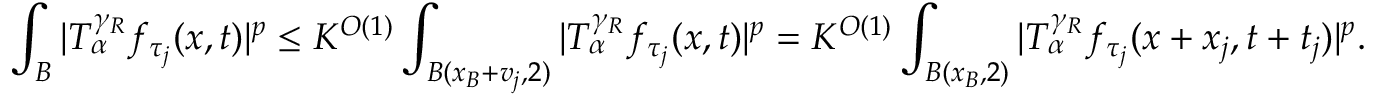
\int _ { B } | T _ { \alpha } ^ { \gamma _ { R } } f _ { \tau _ { j } } ( x , t ) | ^ { p } \leq K ^ { O ( 1 ) } \int _ { B ( x _ { B } + v _ { j } , 2 ) } | T _ { \alpha } ^ { \gamma _ { R } } f _ { \tau _ { j } } ( x , t ) | ^ { p } = K ^ { O ( 1 ) } \int _ { B ( x _ { B } , 2 ) } | T _ { \alpha } ^ { \gamma _ { R } } f _ { \tau _ { j } } ( x + x _ { j } , t + t _ { j } ) | ^ { p } .